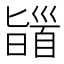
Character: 䭬